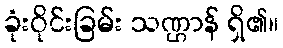
ခုံးဝိုင်းခြမ်း သဏ္ဌာန် ရှိ၏။